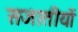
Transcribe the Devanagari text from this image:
सजातीयों